Report on sanitation, dispensaries, and jails in Rajputana for 1912, and on vaccination for the year 1912-1913 - 1912-1913
Year: 1912
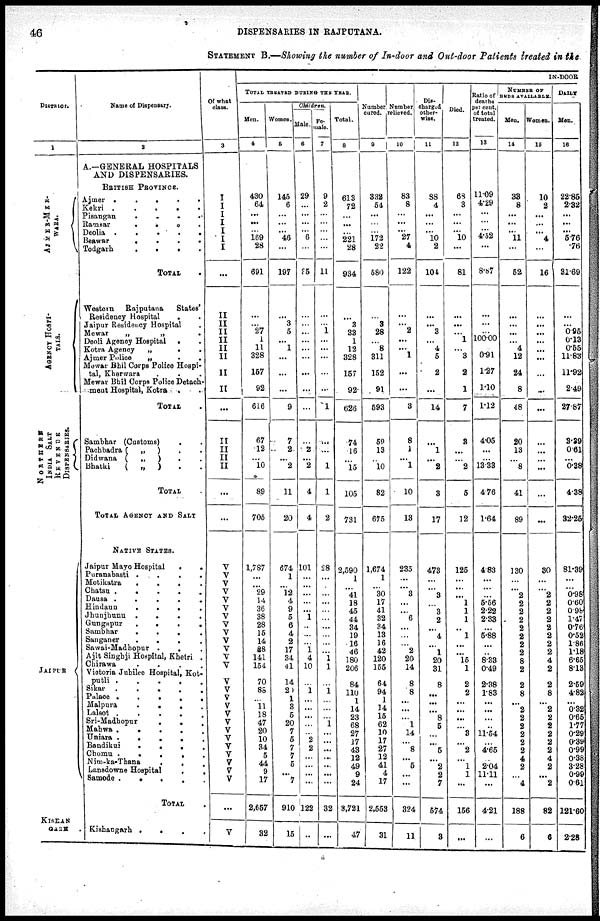
46
DISPENSARIES IN RAJPUTANA.
STATEMENT B.—Showing the number of In-door and Out-door Patients treated in the
District
1
AJMER-MER-
WARA.
AGENCY HOSPI-
TALS
NORTHERN
INDIA SALT
REVENOS
DISPENSARIES.
JAIPUR
KISHAN
GARH
Name of Dispensary.
2
A.—GENERAL HOSPITALS
AND DISPENSARIES.
BRITISH PROVINCE.
Ajmer
.
.
.
.
.
.
.
Kekri
.
.
.
.
.
Pisangan
.
.
.
.
.
Ramsar
.
.
.
.
..
Deolia
.
.
.
.
.
Beswar . . . . .
Todgarh
.
.
.
.
TOTAL .
Western
Rajputana
States'
Residency Hospital . .
Jaipur Residency Hospital .
Mewar
„
„ .
Deoli Agency Hospital . .
Kotra Agency
„
.
.
Ajmer Police
„ . .
Mewar Bhil Corps Police Hospi-
tal, Kherwara . .
Mewar Bhil Corps Police Detach-
ment Hospital, Kotra . .
TOTAL .
Sambhar (Customs) . .
Pachbadra (
„
) . .
Didwana (
„
) . .
Bhatki
(
„
) . .
TOTAL .
TOTAL AGENCY AND SALT
NATIVE STATES.
Jaipur Mayo Hospital
.
.
Puranabasti
.
.
.
.
.
Motikatra
.
.
.
.
.
Chatsn
.
.
.
.
.
.
Dausa
.
.
.
.
.
Hindaun
.
.
.
.
.
Jhunjhunu
.
.
.
.
.
Gungapur
.
.
.
.
.
.
Sambhar
.
.
.
.
.
Sanganer
.
.
.
.
.
Sawai-Madhopur . . . .
Ajit Singhji Hospital, Khetri . .
Chirawa . . . . .
Victoria Jubilee Hospital, Kot-
putli . . . . .
Sikar
.
.
.
.
.
Palace
.
.
.
.
.
Malpura
.
.
.
.
.
Lalsot
.
.
.
.
.
Sri-Madhopur . . . . .
Mahwa . . . . .
Uniara . . . .
Bandikui
.
.
.
.
.
Chomu
.
.
.
.
.
.
Nim-ka-Thana . . . . . .
Lensdowne Hospital . . . .
Samode
.
.
.
.
.
.
TOTAL .
Kishangarh . . . . . .
Of what
class.
3
I
I
I
I
I
I I
...
II
II
II
II
II
II
II
II
...
II
II
II
II
...
...
V
V
V
V
V
V
V
V
V V
V
V
V
V
V
V
V
V
V
V
V
V
V
V
V
V
...
V
IN-DOOR
TOTAL TREADTED THE YEAR.
Men.
4
430
64
...
...
...
169 28
691
...
...
27
1
11
328
157
92
616
67
12
...
10
89
705
1,787
...
...
29
14
36
38
28
15
14
88
141
164
70
88
...
11
18
47
20
10
34
5
44
9
17
2,667
32
Women.
5
145
6
...
...
...
46
...
197
...
3
5
...
1
...
...
...
9
7
2
...
2
11
20
674
1
...
12
4
9
5
6
4
2
17
34
41
14
20
1
3
5
20
7
5
7
7
5
...
7
910
15
Children.
Male.
6
29
...
...
...
6
6
...
35
...
...
...
...
...
...
...
...
...
...
2
...
2
4
4
101
...
...
...
...
...
1
...
...
...
1
4
10
...
1
...
...
...
...
...
2
2
...
...
...
...
122
...
Fe-
male.
7
9
2
...
...
...
...
...
11
...
...
1
...
...
...
...
...
1
...
...
...
1
1
2
28
...
...
...
...
...
...
...
...
...
...
1
1
...
1
...
...
...
1
...
...
...
...
...
...
...
32
...
Total.
8
613
72
...
...
...
221 28
934
...
3
33
1
12
328
157
92
626
74
16
...
15
105
731
2,590
1
...
41
18
45
44
34
19
16
46
180
206
84
110
1
14
23
68
27
17
43
12
49
9
24
3,721
47
Number
cured.
9
332
54
...
...
...
172 22
580
...
3
28
...
8
311
152
91
593
59
13
...
10
82
675
1,674
1
...
30
17
41
32
34
13
16
42
120
155
64
94
1
14
15
62
10
17
27
12
41
4
17
2,553
31
Number
relieved.
10
83
8
...
...
...
27 4
122
...
...
2
...
...
1
...
...
3
8
1
...
1
10
13
235
...
...
3
...
...
6
...
...
...
2
20
14
8
8
...
...
...
1
14
...
8
...
5
...
...
324
11
Dis-
charged
other-
wise.
11
88
4
...
...
...
10 2
104
...
...
3
...
4
5
2
...
14
...
1
...
3
3
17
473
...
...
3
...
3
2
...
4
...
1
20
31
8
...
...
...
8
5
...
...
5
...
2
2
7
674
8
Died.
12
68
3
...
...
...
10
...
81
...
...
...
1
...
3
2
1
7
3
...
...
2
5
12
125
...
...
...
1
1
1
...
1
1
...
15
1
2
2
...
...
...
...
3
...
2
...
1
1
...
156
...
Ratio of
deaths
per cent.
of total
treated.
13
11.09
4.29
...
...
...
4.52
...
8.87
...
...
...
100.00
...
0.91
1.27
1.10
1.12
4.05
...
...
13.33
4.76
1.64
483
...
...
...
5.56
2.22
2.33
...
5.88
...
...
8.33
0.49
2.38
1.83
...
...
...
...
11.54
...
4.65
2.04
11.11
...
421
...
NUMBER OF
BEDS AVAILABLE.
Men.
14
38
8
...
...
...
11
...
52
...
...
...
...
4
12
24
8
48
20
13
...
8
41
89
130
...
...
2
2
2
2
2
2
2
2
2
8
2
8
...
2 2
2
2
2
2
4
2
...
4
188
6
Women.
15
10
2
...
...
...
4
...
16
...
...
...
...
...
...
...
...
...
...
...
...
...
...
...
30
...
...
2
2
2
2
2
2
2
2
2 4
2
8
...
2
2
2
2
2
2
4
2
...
2
82
6
DAILY
Men.
16
22.85
2.32
...
...
...
5.76 .76
31.69
...
...
0.95
0.13
0.55
11.83
11.92
2.49
27.87
3.39
0.61
...
0.38
4.38
32.25
81.39
...
...
0.98
0.60
0.98
1.47
0.76
0.52
1.86
1.18
6.65
8.13
2.59
4.82
...
0.32
0.65
1.77
0.29
0.39
0.99
0.38
3.28
0.99
0.61
121.60
2.28